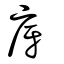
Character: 庌